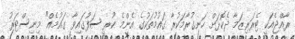
ރާއްޖެއަކީ ޓެރަރިޒަމާ ދެކޮޅަށް ހަނގުރާމަކުރާ ގައުމުތަކުގެ އެންމެ ކުރީ ސަފުގައިވާ ގައުމެއް" މިނިސްޓަރު